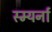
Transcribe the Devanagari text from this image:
स्म्यर्ना